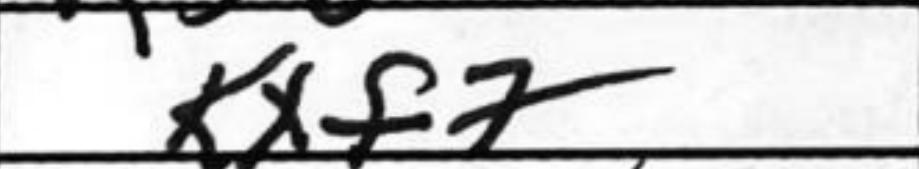
Transcription: Kxf7